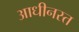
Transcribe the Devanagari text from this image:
आधीनस्त